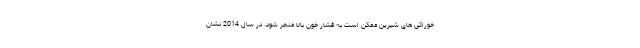
خوراکی های شیرین ممکن است به فشار خون بالا منجر شود. در سال 2014 نشان